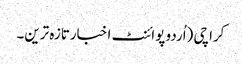
کراچی (اُردو پوائنٹ اخبارتازہ ترین۔